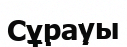
Сұрауы